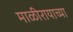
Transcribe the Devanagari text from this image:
माळीरायाच्या